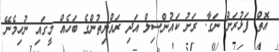
އޮތް ފަޅުރަށް ނަގާ. ރަށު ކައުންސިލް އަދި ރައްޔިތުންގެ ބަހެއް މީގައި ނުހިމެނޭ